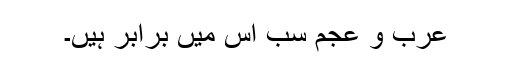
عرب و عجم سب اس میں برابر ہیں۔